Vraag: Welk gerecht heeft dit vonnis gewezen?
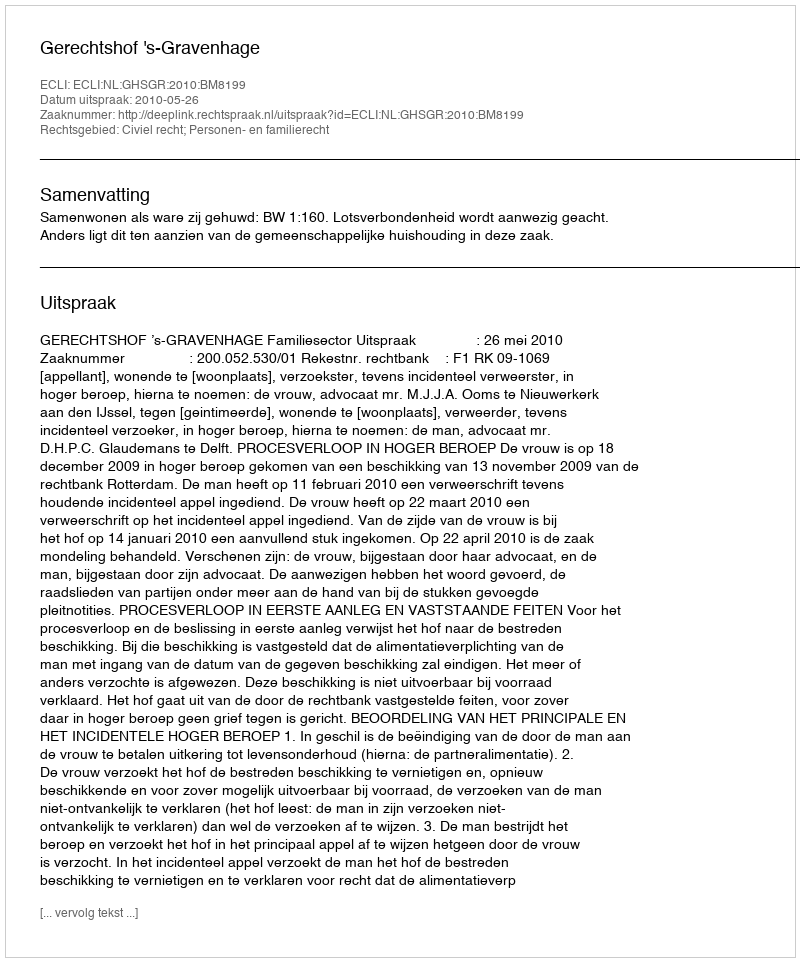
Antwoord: Gerechtshof 's-Gravenhage